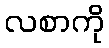
လစာကို